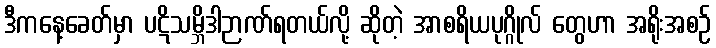
ဒီကနေ့ခေတ်မှာ ပဋိသမ္ဘိဒါဉာဏ်ရတယ်လို့ ဆိုတဲ့ အာစရိယပုဂ္ဂိုလ် တွေဟာ အရိုးအစဉ်